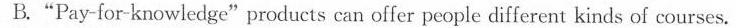
B."Pay-for-knowledge"products can offer people different kinds of courses.